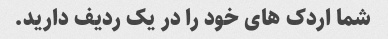
شما اردک های خود را در یک ردیف دارید.